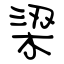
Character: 梁